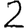
Digit: 2